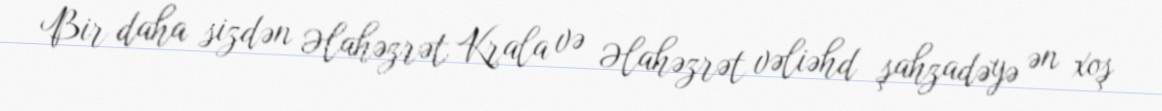
Bir daha sizdən Əlahəzrət Krala və Əlahəzrət vəliəhd şahzadəyə ən xoş